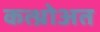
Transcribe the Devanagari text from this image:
कत्थ्रोअत